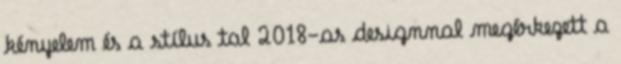
kényelem és a stílus tal 2018-as designnal megérkezett a